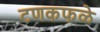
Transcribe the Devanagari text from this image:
टणकफळे